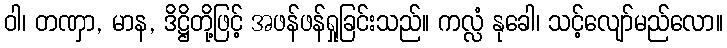
ဝါ၊ တဏှာ, မာန, ဒိဋ္ဌိတို့ဖြင့် အဖန်ဖန်ရှုခြင်းသည်။ ကလ္လံ နုခေါ၊ သင့်လျော်မည်လော။